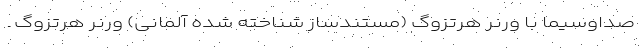
صداوسیما با ورنر هرتزوگ (مستندساز شناخته شده آلمانی) ورنر هرتزوگ ـ